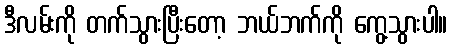
ဒီလမ်းကို တက်သွားပြီးတော့ ဘယ်ဘက်ကို ကွေ့သွားပါ။